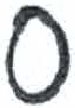
אות: ס